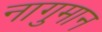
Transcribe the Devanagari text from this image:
नागुमान